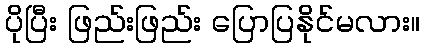
ပိုပြီး ဖြည်းဖြည်း ပြောပြနိုင်မလား။